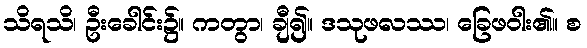
သိရသိ၊ ဦးခေါင်း၌။ ကတွာ၊ ချီ၍။ ဒသုဖလဿ၊ ခြေဖဝါး၏။ စ